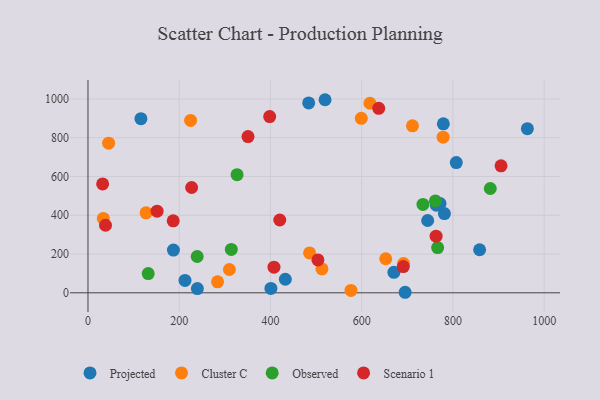
{"axis": {"x": "Ad Spend", "y": "Profit"}, "legend": ["Cluster C", "Observed", "Projected", "Scenario 1"], "data": [{"x": "670.6", "y": 105.8, "type": "Projected"}, {"x": "858.5", "y": 222.0, "type": "Projected"}, {"x": "519.7", "y": 995.8, "type": "Projected"}, {"x": "807.3", "y": 671.4, "type": "Projected"}, {"x": "781.3", "y": 408.8, "type": "Projected"}, {"x": "212.7", "y": 63.9, "type": "Projected"}, {"x": "432.6", "y": 70.0, "type": "Projected"}, {"x": "771.7", "y": 460.4, "type": "Projected"}, {"x": "116.1", "y": 898.1, "type": "Projected"}, {"x": "695.2", "y": 2.7, "type": "Projected"}, {"x": "779.0", "y": 871.4, "type": "Projected"}, {"x": "239.8", "y": 22.0, "type": "Projected"}, {"x": "763.7", "y": 451.5, "type": "Projected"}, {"x": "483.8", "y": 979.5, "type": "Projected"}, {"x": "187.3", "y": 220.4, "type": "Projected"}, {"x": "963.2", "y": 846.5, "type": "Projected"}, {"x": "744.6", "y": 372.8, "type": "Projected"}, {"x": "401.0", "y": 22.8, "type": "Projected"}, {"x": "691.7", "y": 151.2, "type": "Cluster C"}, {"x": "576.5", "y": 12.4, "type": "Cluster C"}, {"x": "284.1", "y": 56.6, "type": "Cluster C"}, {"x": "33.6", "y": 383.6, "type": "Cluster C"}, {"x": "45.2", "y": 771.7, "type": "Cluster C"}, {"x": "485.8", "y": 205.7, "type": "Cluster C"}, {"x": "225.0", "y": 888.8, "type": "Cluster C"}, {"x": "599.1", "y": 900.1, "type": "Cluster C"}, {"x": "512.9", "y": 123.2, "type": "Cluster C"}, {"x": "652.7", "y": 175.6, "type": "Cluster C"}, {"x": "310.0", "y": 120.1, "type": "Cluster C"}, {"x": "778.5", "y": 802.5, "type": "Cluster C"}, {"x": "618.1", "y": 977.7, "type": "Cluster C"}, {"x": "127.4", "y": 412.4, "type": "Cluster C"}, {"x": "711.3", "y": 861.2, "type": "Cluster C"}, {"x": "761.6", "y": 473.6, "type": "Observed"}, {"x": "326.8", "y": 609.0, "type": "Observed"}, {"x": "314.2", "y": 223.6, "type": "Observed"}, {"x": "881.9", "y": 538.0, "type": "Observed"}, {"x": "734.3", "y": 455.9, "type": "Observed"}, {"x": "766.5", "y": 233.2, "type": "Observed"}, {"x": "132.0", "y": 98.9, "type": "Observed"}, {"x": "239.4", "y": 187.1, "type": "Observed"}, {"x": "407.7", "y": 132.1, "type": "Scenario 1"}, {"x": "905.5", "y": 654.9, "type": "Scenario 1"}, {"x": "504.0", "y": 169.7, "type": "Scenario 1"}, {"x": "227.2", "y": 543.2, "type": "Scenario 1"}, {"x": "350.8", "y": 805.8, "type": "Scenario 1"}, {"x": "398.3", "y": 908.9, "type": "Scenario 1"}, {"x": "637.3", "y": 951.3, "type": "Scenario 1"}, {"x": "691.2", "y": 135.4, "type": "Scenario 1"}, {"x": "32.1", "y": 561.4, "type": "Scenario 1"}, {"x": "186.8", "y": 371.3, "type": "Scenario 1"}, {"x": "38.4", "y": 348.3, "type": "Scenario 1"}, {"x": "151.5", "y": 421.2, "type": "Scenario 1"}, {"x": "763.1", "y": 292.0, "type": "Scenario 1"}, {"x": "420.4", "y": 375.5, "type": "Scenario 1"}]}